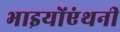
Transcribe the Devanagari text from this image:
भाइयोंएंथनी